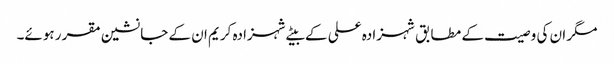
مگر ان کی وصیت کے مطابق شہزادہ علی کے بیٹے شہزادہ کریم ان کے جانشین مقرر ہوئے۔